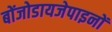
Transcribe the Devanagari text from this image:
बोंजोडायजेपाइनों